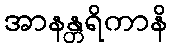
အာနန္တရိကာနိ